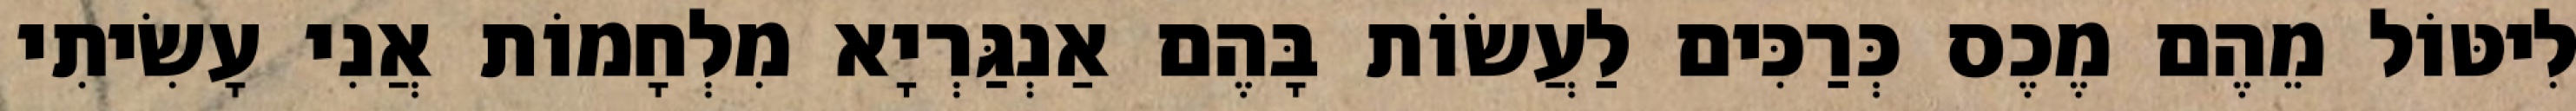
לִיטּוֹל מֵהֶם מֶכֶס כְּרַכִּים לַעֲשׂוֹת בָּהֶם אַנְגַּרְיָא מִלְחָמוֹת אֲנִי עָשִׂיתִי